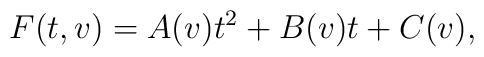
F(t,v)=A(v)t^2+B(v)t+C(v),